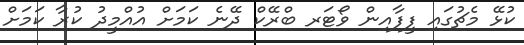
ކުޅޭ މެޗުގައި ފީފާއިން ވޯޓަރ ބްރޭކް ދޭނެ ކަމަށް އުއްމީދު ކުރާ ކަމަށް